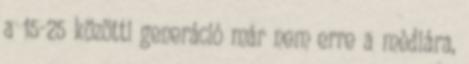
a 15-25 közötti generáció már nem erre a médiára,